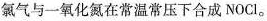
氯气与一氧化氮在常温常压下合成NOCl。